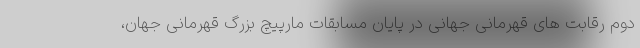
دوم رقابت های قهرمانی جهانی در پایان مسابقات مارپیچ بزرگ قهرمانی جهان،